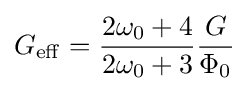
G_{\mathrm {eff} }={\frac {2\omega _{0}+4}{2\omega _{0}+3}}{\frac {G}{\Phi _{0}}}